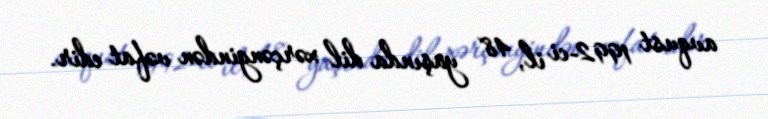
avqust 1992-ci il, 48 yaşında dil xərçəngindən vəfat edir.